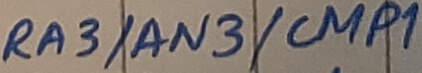
Text: RA3/AN3/CMP1